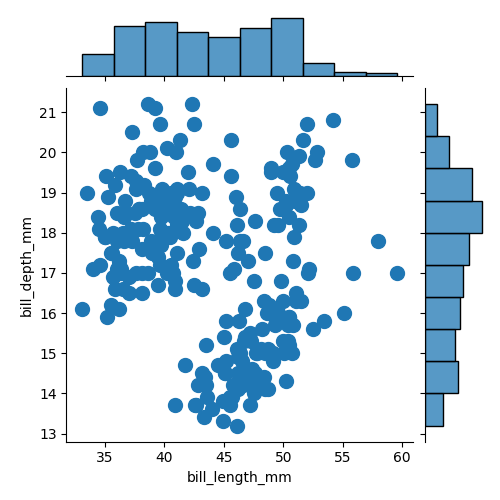
python, seaborn, jointplot, kind='scatter', height='5', ratio='5', marginal_ticks='False'